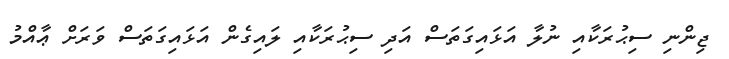
ޖިންނި ސިޙުރަކާއި ނުލާ އަޅައިގަތަސް އަދި ސިޙުރަކާއި ލައިގެން އަޅައިގަތަސް ވަރަށް ޢާއްމު